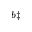
^ { b \ddag }